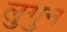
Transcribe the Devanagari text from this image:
लुगुन